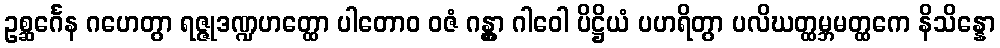
ဥစ္ဆင်္ဂေန ဂဟေတွာ ရဇ္ဇုဒဏ္ဍဟတ္ထော ပါတောဝ ဝဇံ ဂန္တွာ ဂါဝေါ ပိဋ္ဌိယံ ပဟရိတွာ ပလိဃတ္ထမ္ဘမတ္ထကေ နိသိန္နော